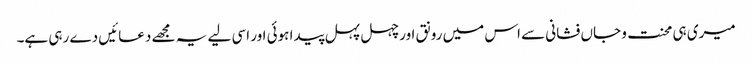
میری ہی محنت و جاں فشانی سے اس میں رونق اور چہل پہل پیدا ہوئی اور اسی لیے یہ مجھے دعائیں دے رہی ہے۔